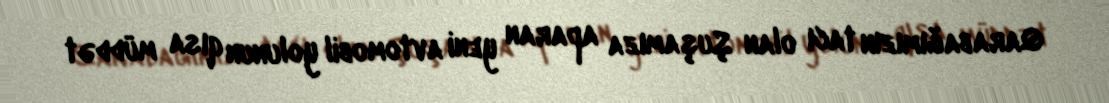
Qarabağımızın tacı olan Şuşamıza aparan yeni avtomobil yolunun qısa müddət